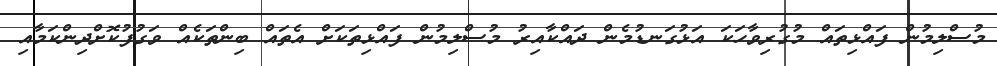
މުސްލިމުން ފައްޅިތައް މުގުރިވާހަކަ އަޅުގަނޑުމެން ދައްކާއިރު މުސްލިމުން ފައްޅިތަކަށް އެތައް ބިންތަކެއް ވަގުފުކޮށްދިންކަމާއި